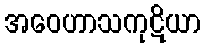
အဝေဟာသကုဋိယာ